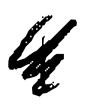
Text: 1
Cross-out: scratch
Writing tool: digital_black